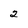
Character: 2